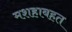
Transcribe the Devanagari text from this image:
मशहाबहत